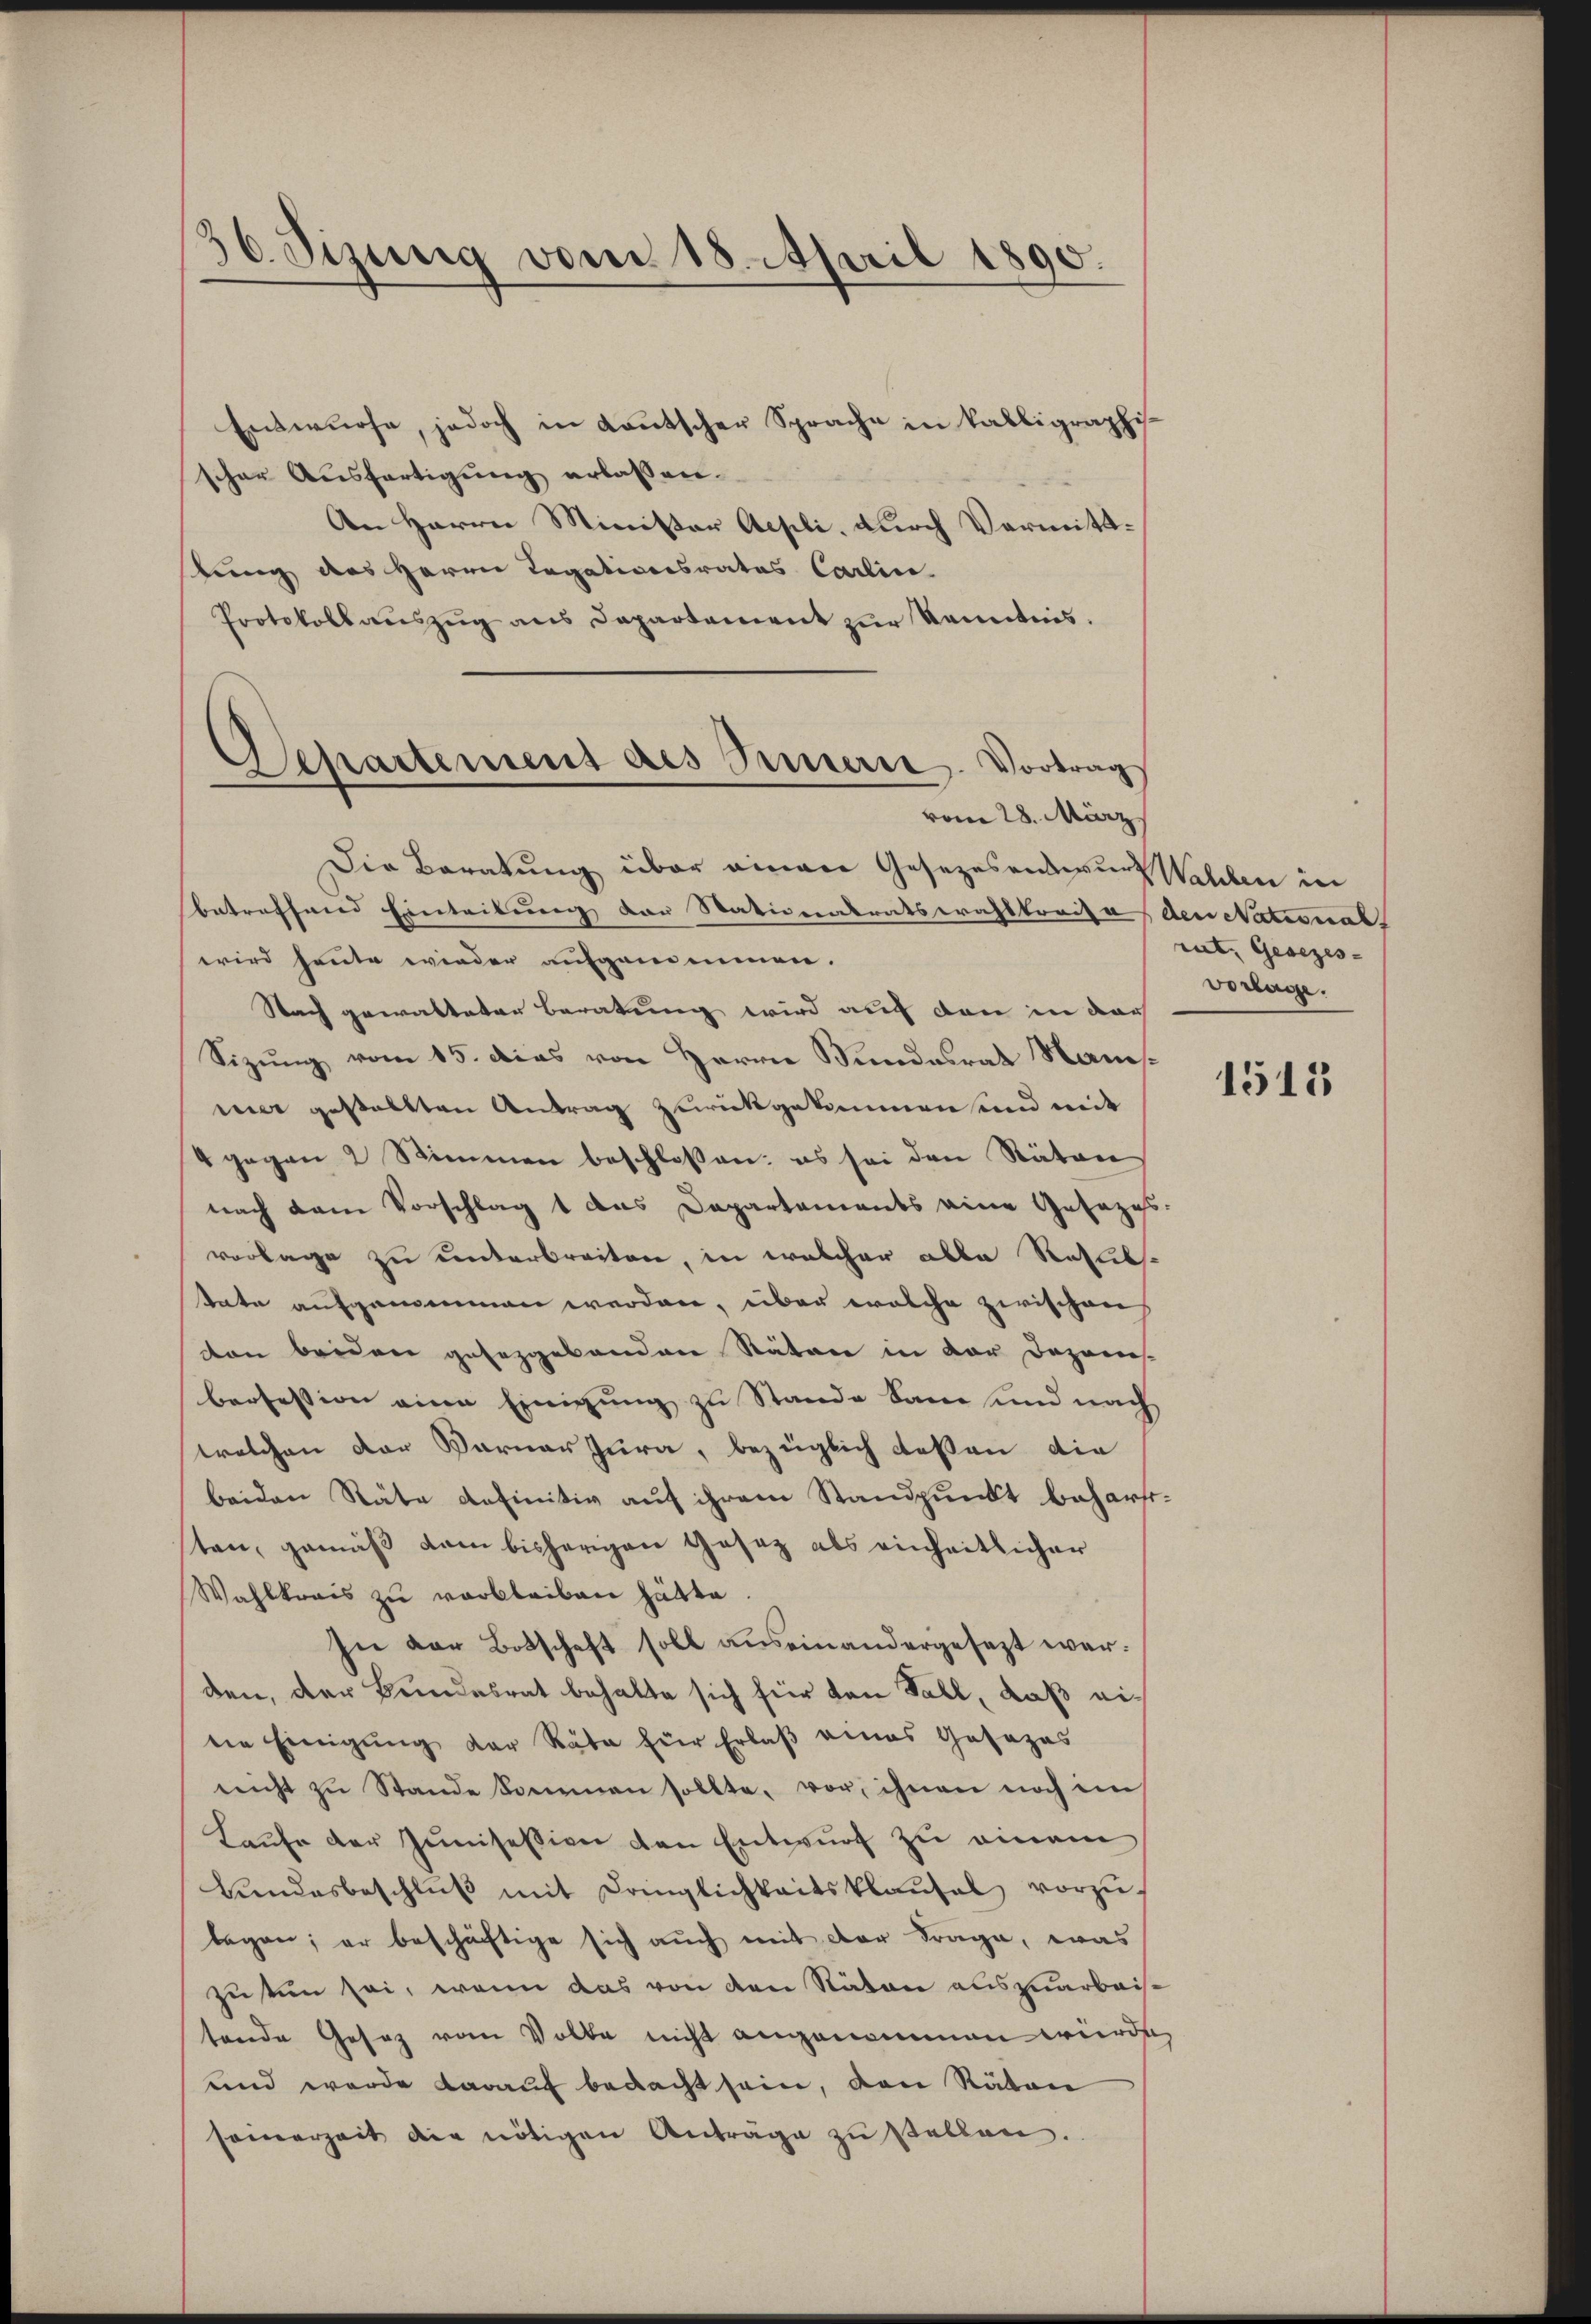
36. Sizung vom 18. April 1890.

Entwürfe, jedoch in Kautscher Sprache in kabligraphis
scher Aŭsfertigŭng erlassen.
An Herrn Minister Aesli, durch Vormittbung des Herrn Legationsrates Carlin
Protokoll aŭszŭg ans Departement zŭr Kenntnis.

Separtement des Innern. Vortrag
vom 28. März

Die Beratung über einen Gesezesentwurf Wahlen in
betreffend Eintribung der Stationalratswahlkreise densational
wird heute wieder aufgenommen.
Nach gewalteten Beratung wird auch den in der
Sizung vom 15. Das von Herrn Bundesrat Nansmier gestellten Antrag zurückgekommen und mit
4 gegen 2 Stimmen beschloßen: es sei den Räten
nach dem Vorschlagt das Departements eine Gesezes-
vorlage zu unterbreiten, in welcher alle Resultate aufgenommen werden, über welche zwischens
ton beiden gesezgebenden Rätere in der Dozen-
brofession eine Einigung zu Stande kam und nach
welchen der Warner Jura, bezüglich dessen die
beiden Stäte definitiv auf ihrem Standpunkt behartiten, gemäß dem bisherigen Gesez als einheitlicher
Wahlkreis zu verbleiben hätte.
In der Botschaft soll auseinandergesezt war.
den, der Brindesrat behalte sich für den Fall, daß eidie Einigung der Räte für Erlaβ eines Gesezes
nicht zŭ Stande kommen sollte, vor, ihnen noch im
Laufe der Junisession den Entwurf zu einem
bŭndesbeschlŭβ mit Dringlichkeitsklaŭsel vorzŭ-
lagen; er beschächtige sich auch mit der Frage, was
zutun sei, wenn das von den Naton auszuarbeistende Gesatz vom Volke nicht angenommen würde,
und werde darauf bedacht sein, den Räten
seinerzeit die nötigen Anträge zu stellen.

rat, Gesezes- |
Vorlage.

1515